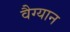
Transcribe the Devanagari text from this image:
वैग्यान